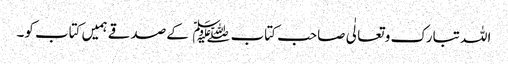
اللہ تبارک و تعالٰی صاحب کتاب﷑ کےصدقے ہمیں کتاب کو۔